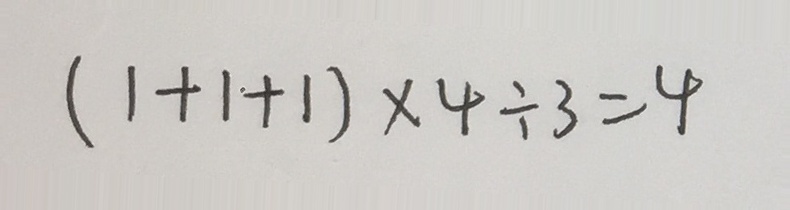
( 1 + 1 + 1 ) \times 4 \div 3 = 4